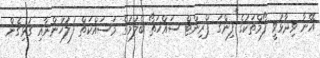
އޭނާ ވިދާޅުވީ ފޯމްތަކުގެ ފިންގަ ޕްރިންޓް ސައްހަތޯ ބެލުމުގެ މަސައްކަތް ފުލުހުންނާއި ގުޅިގެން